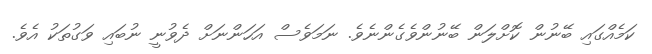
ކަމެއްގައި ބޭނުން ކޮށްލަން ބޭނުންވެގެންނެވެ. ނަމަވެސް އަހަންނަށް ދެވުނީ ނުބައި ވަގުތަކު އެވެ.